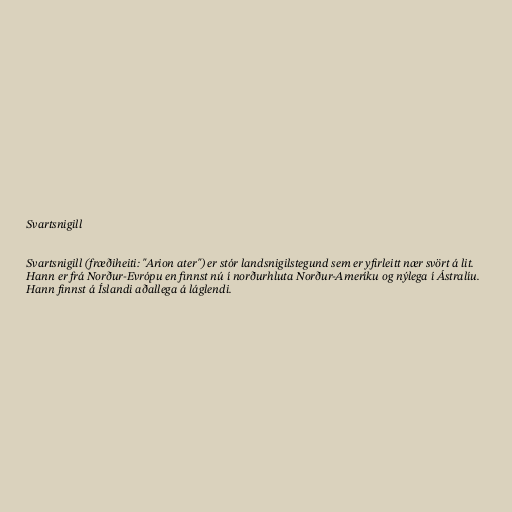
Svartsnigill

Svartsnigill (fræðiheiti: "Arion ater") er stór landsnigilstegund sem er yfirleitt nær svört á lit.
Hann er frá Norður-Evrópu en finnst nú í norðurhluta Norður-Ameríku og nýlega í Ástralíu.
Hann finnst á Íslandi aðallega á láglendi.